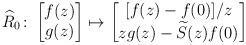
LaTeX: \begin{align*} \widehat R_{0} \colon \begin{bmatrix} f(z) \\ g(z) \end{bmatrix} \mapsto \begin{bmatrix} [ f(z) - f(0) ]/z \\ z g(z) - \widetilde S(z) f(0) \end{bmatrix} \end{align*}